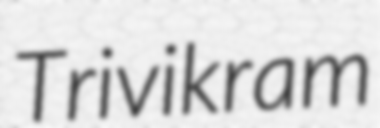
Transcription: Trivikram